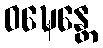
ဝဍ္ဎေန္တေ